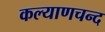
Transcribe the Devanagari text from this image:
कल्याणचन्द